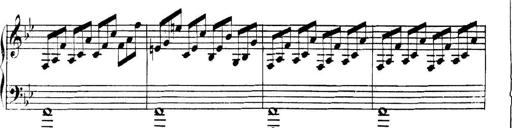
Title: Collected Piano Sonatas
Composer: Muzio Clementi